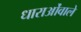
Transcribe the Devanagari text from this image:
धाराओंवाले